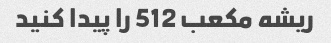
ریشه مکعب 512 را پیدا کنید